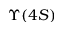
\Upsilon ( 4 S )